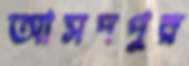
আসদপুর